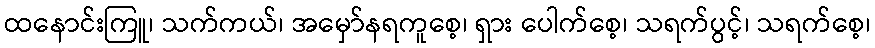
ထနောင်းကြူ၊ သက်ကယ်၊ အမှော်နရကူစေ့၊ ရှား ပေါက်စေ့၊ သရက်ပွင့်၊ သရက်စေ့၊